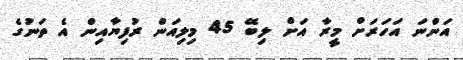
އަންނަ އަހަރަށް މީރާ އަށް ލިބޭ 45 މިލިއަން ރުފިޔާއިން އެ ތަނުގެ